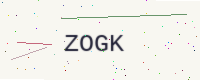
Text: ZOGK